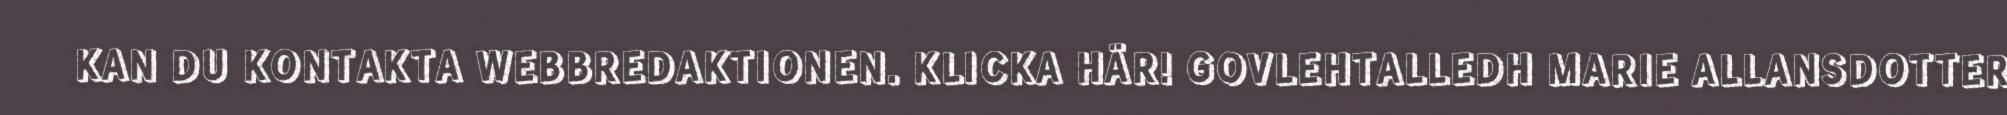
KAN DU KONTAKTA WEBBREDAKTIONEN. KLICKA HÄR! GOVLEHTALLEDH MARIE ALLANSDOTTER